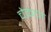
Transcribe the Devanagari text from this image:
चेकचा